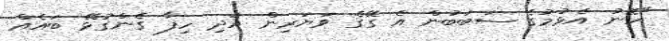
"ހޮނު އެޅުމުގެ ސަބަބުން އެ ގޭގެ ވަޔަރިން އަދި ހިފާ ގެންގުޅޭ ބައެއް